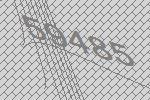
59485